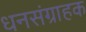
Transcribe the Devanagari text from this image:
धनसंग्राहक